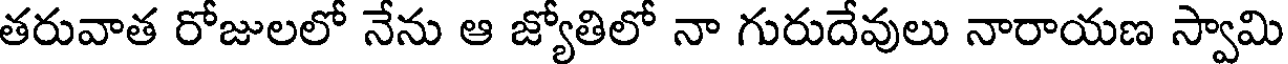
తరువాత రోజులలో నేను ఆ జ్యోతిలో నా గురుదేవులు నారాయణ స్వామి